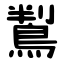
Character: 鵥